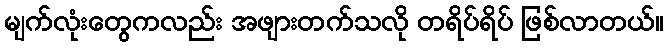
မျက်လုံးတွေကလည်း အဖျားတက်သလို တရိပ်ရိပ် ဖြစ်လာတယ်။